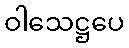
ဝါသေဋ္ဌပေ